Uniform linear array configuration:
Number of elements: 24
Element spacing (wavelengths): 0.25
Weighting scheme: uniform
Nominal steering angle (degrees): -45
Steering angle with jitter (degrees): -45.741
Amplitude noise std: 0.05
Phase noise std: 0.05

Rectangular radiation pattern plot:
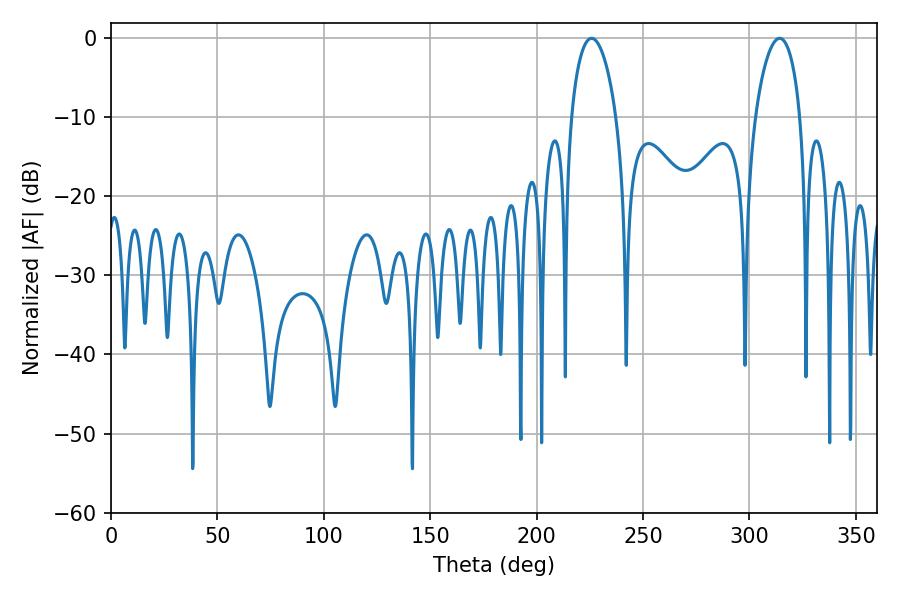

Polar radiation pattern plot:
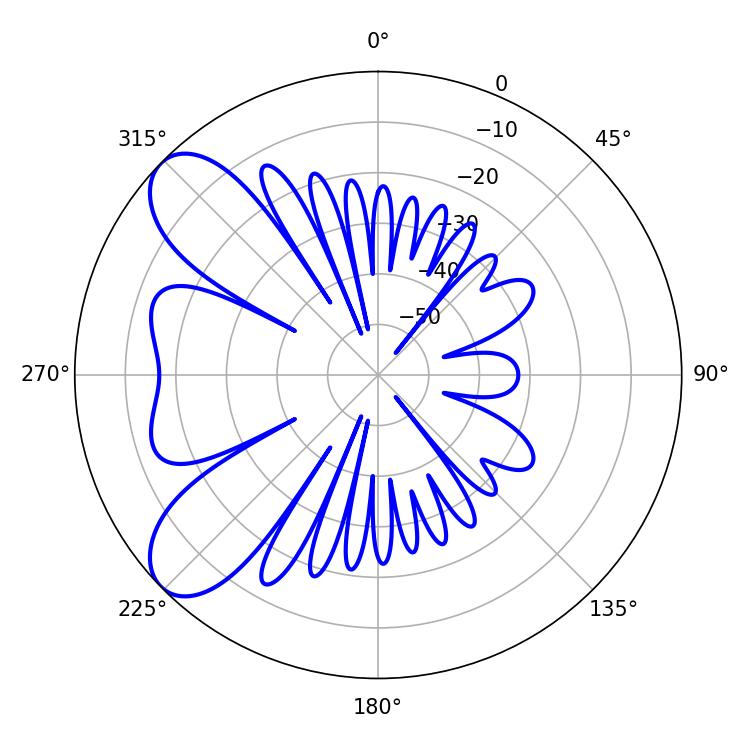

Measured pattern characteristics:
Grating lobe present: FALSE
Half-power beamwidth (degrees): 12.06
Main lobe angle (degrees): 225.9